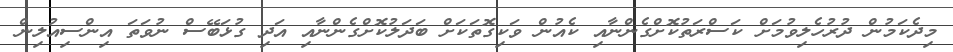
މިދެކަމުން ދުރުހެލިވުމަށް ކަސްރަތުކޮށްގެންނާއި ކެއުން ވަކިގޮތަކަށް ބަދަލުކޮށްގެންނާއި އަދި ގުޅަބޭސް ނުވަތަ އިންސިއުލިން